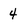
Character: 4